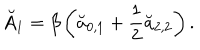
\breve { A } _ { 1 } = \beta \left( \breve { a } _ { 0 , 1 } + \frac 1 2 \breve { a } _ { 2 , 2 } \right) .